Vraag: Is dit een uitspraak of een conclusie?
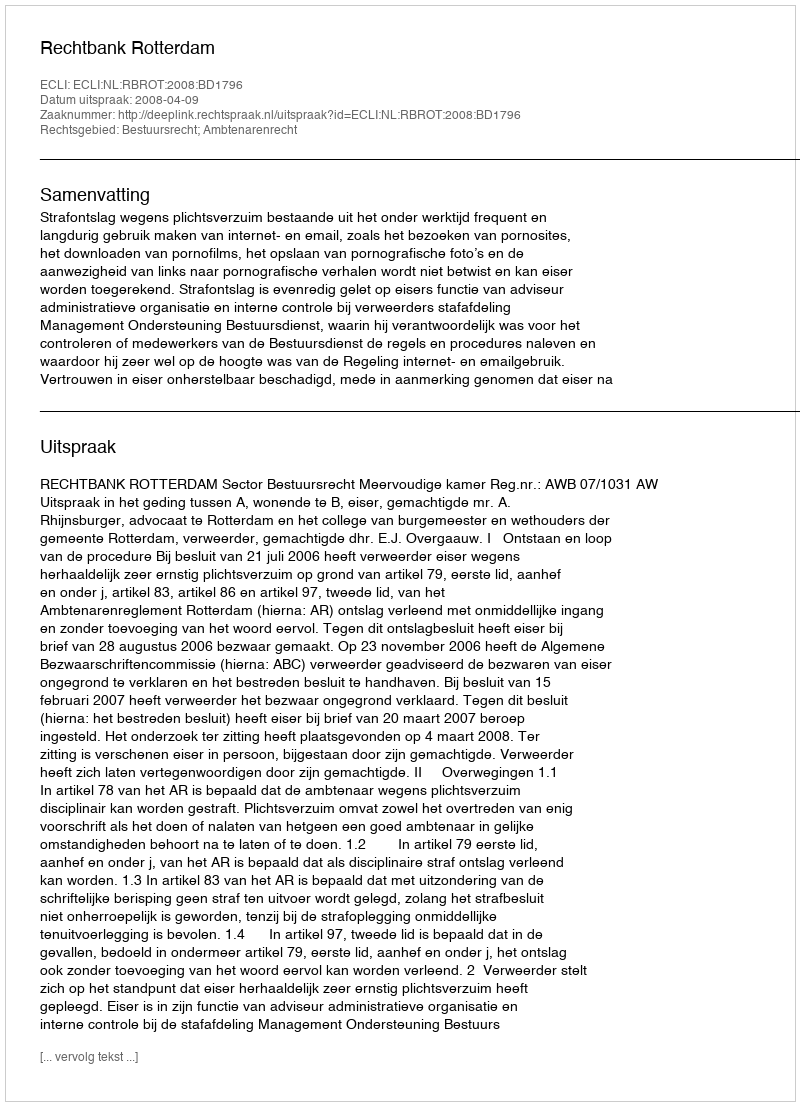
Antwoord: Uitspraak